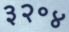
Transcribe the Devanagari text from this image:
३२॰४